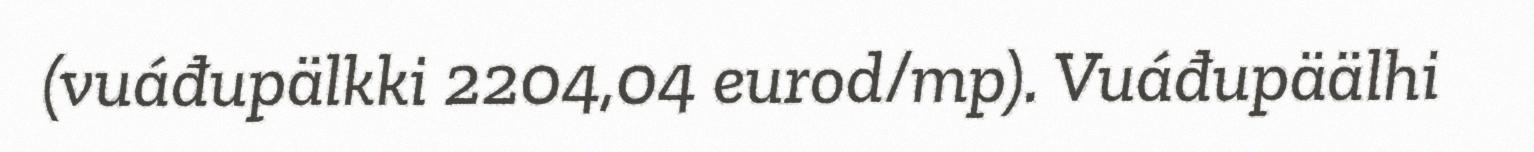
(vuáđupälkki 2204,04 eurod/mp). Vuáđupäälhi